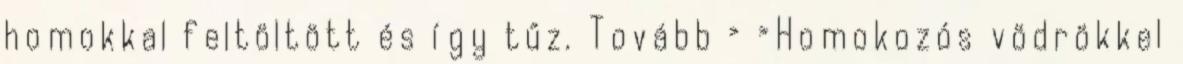
homokkal feltöltött és így tűz. Tovább › ›Homokozós vödrökkel